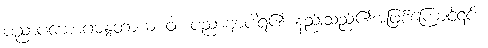
ပညာပယောဂမန္ဒတာယ ဝါ၊ ပညာဗျာပါရ၏ နည်းသည်၏အဖြစ်ကြောင့်၎င်း။